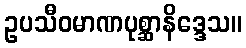
ဥပသီဝမာဏပုစ္ဆာနိဒ္ဒေသ။